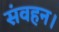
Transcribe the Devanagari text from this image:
संवहन।